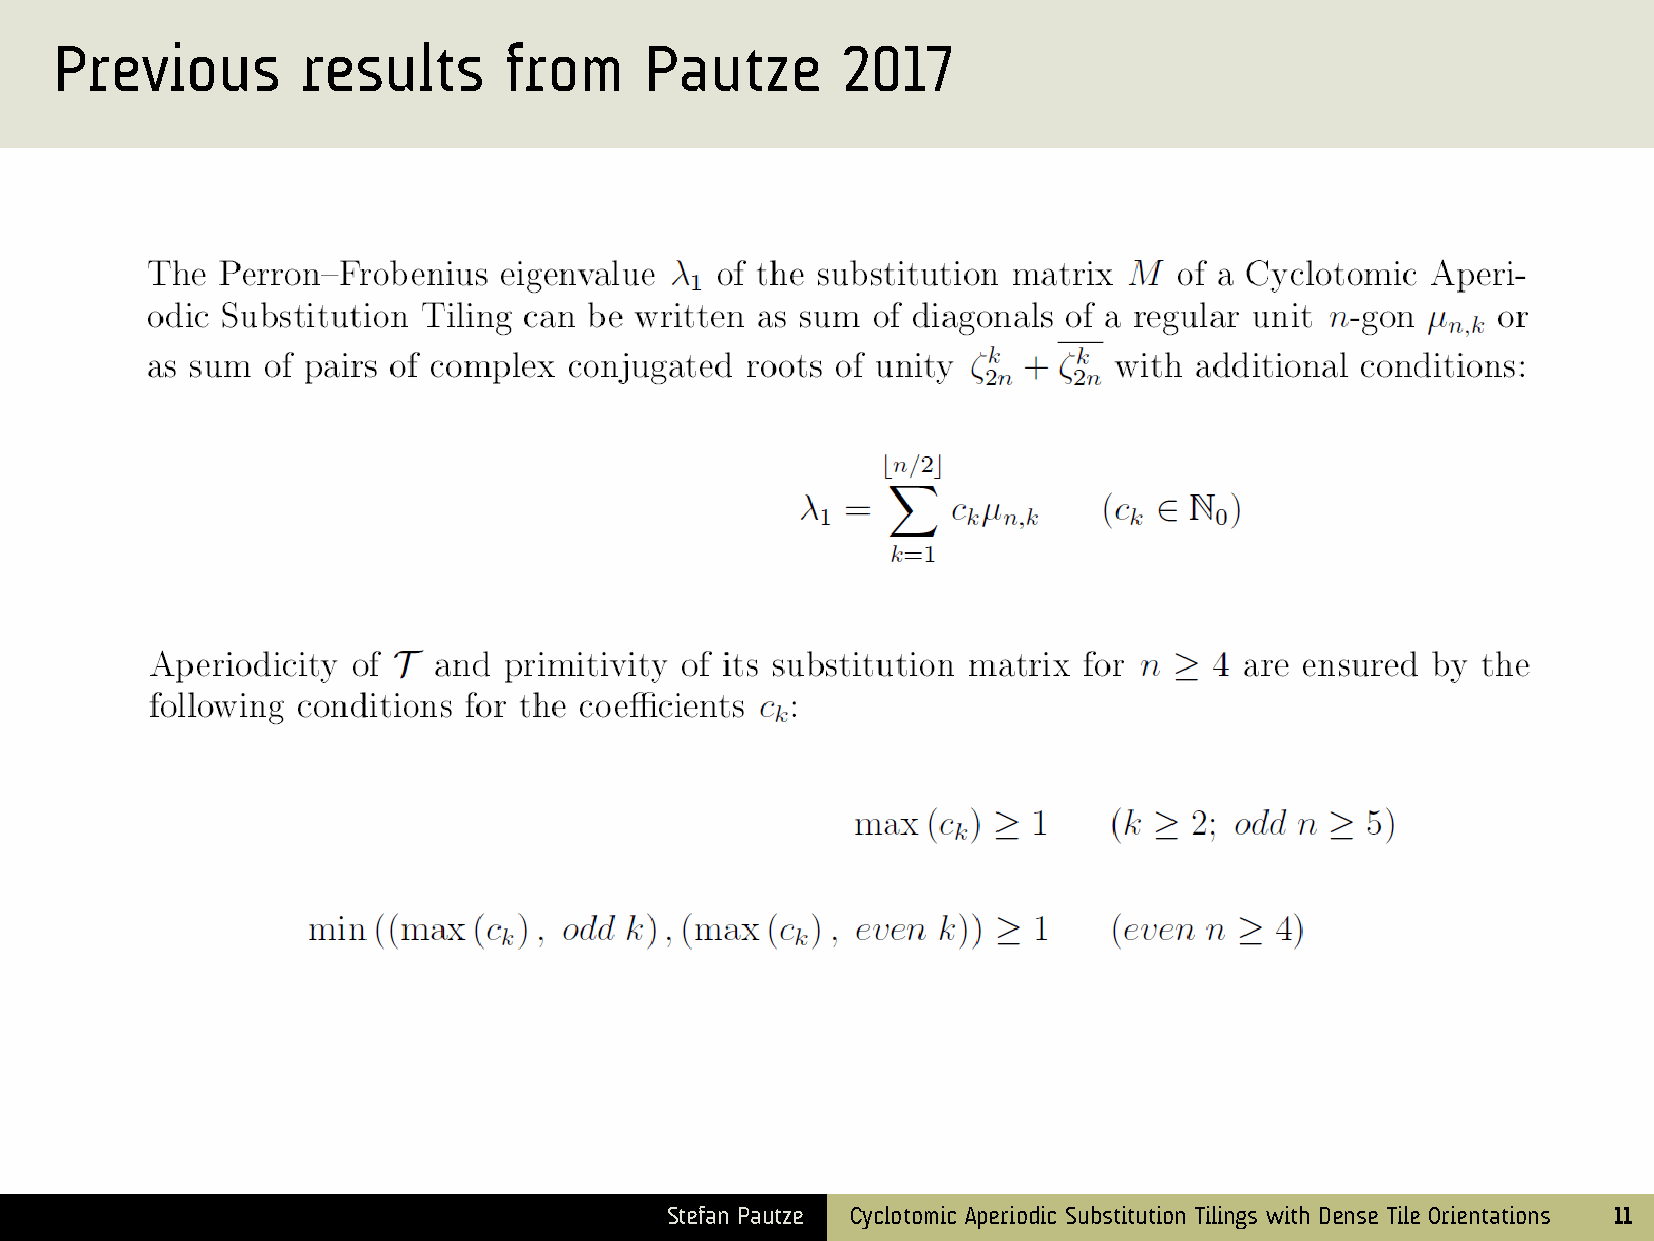
Previous        results      from      Pautze       2017
 Stefan Pautze Cyclotomic Aperiodic Substitution Tilings with Dense Tile Orientations 11